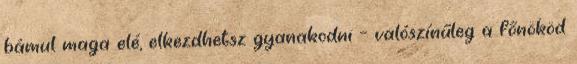
bámul maga elé, elkezdhetsz gyanakodni – valószínűleg a főnököd